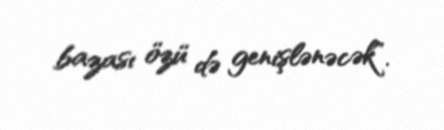
bazası özü də genişlənəcək”.